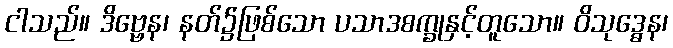
ငါသည်။ ဒိဗ္ဗေန၊ နတ်၌ဖြစ်သော ပသာဒစက္ခုနှင့်တူသော။ ဝိသုဒ္ဓေန၊